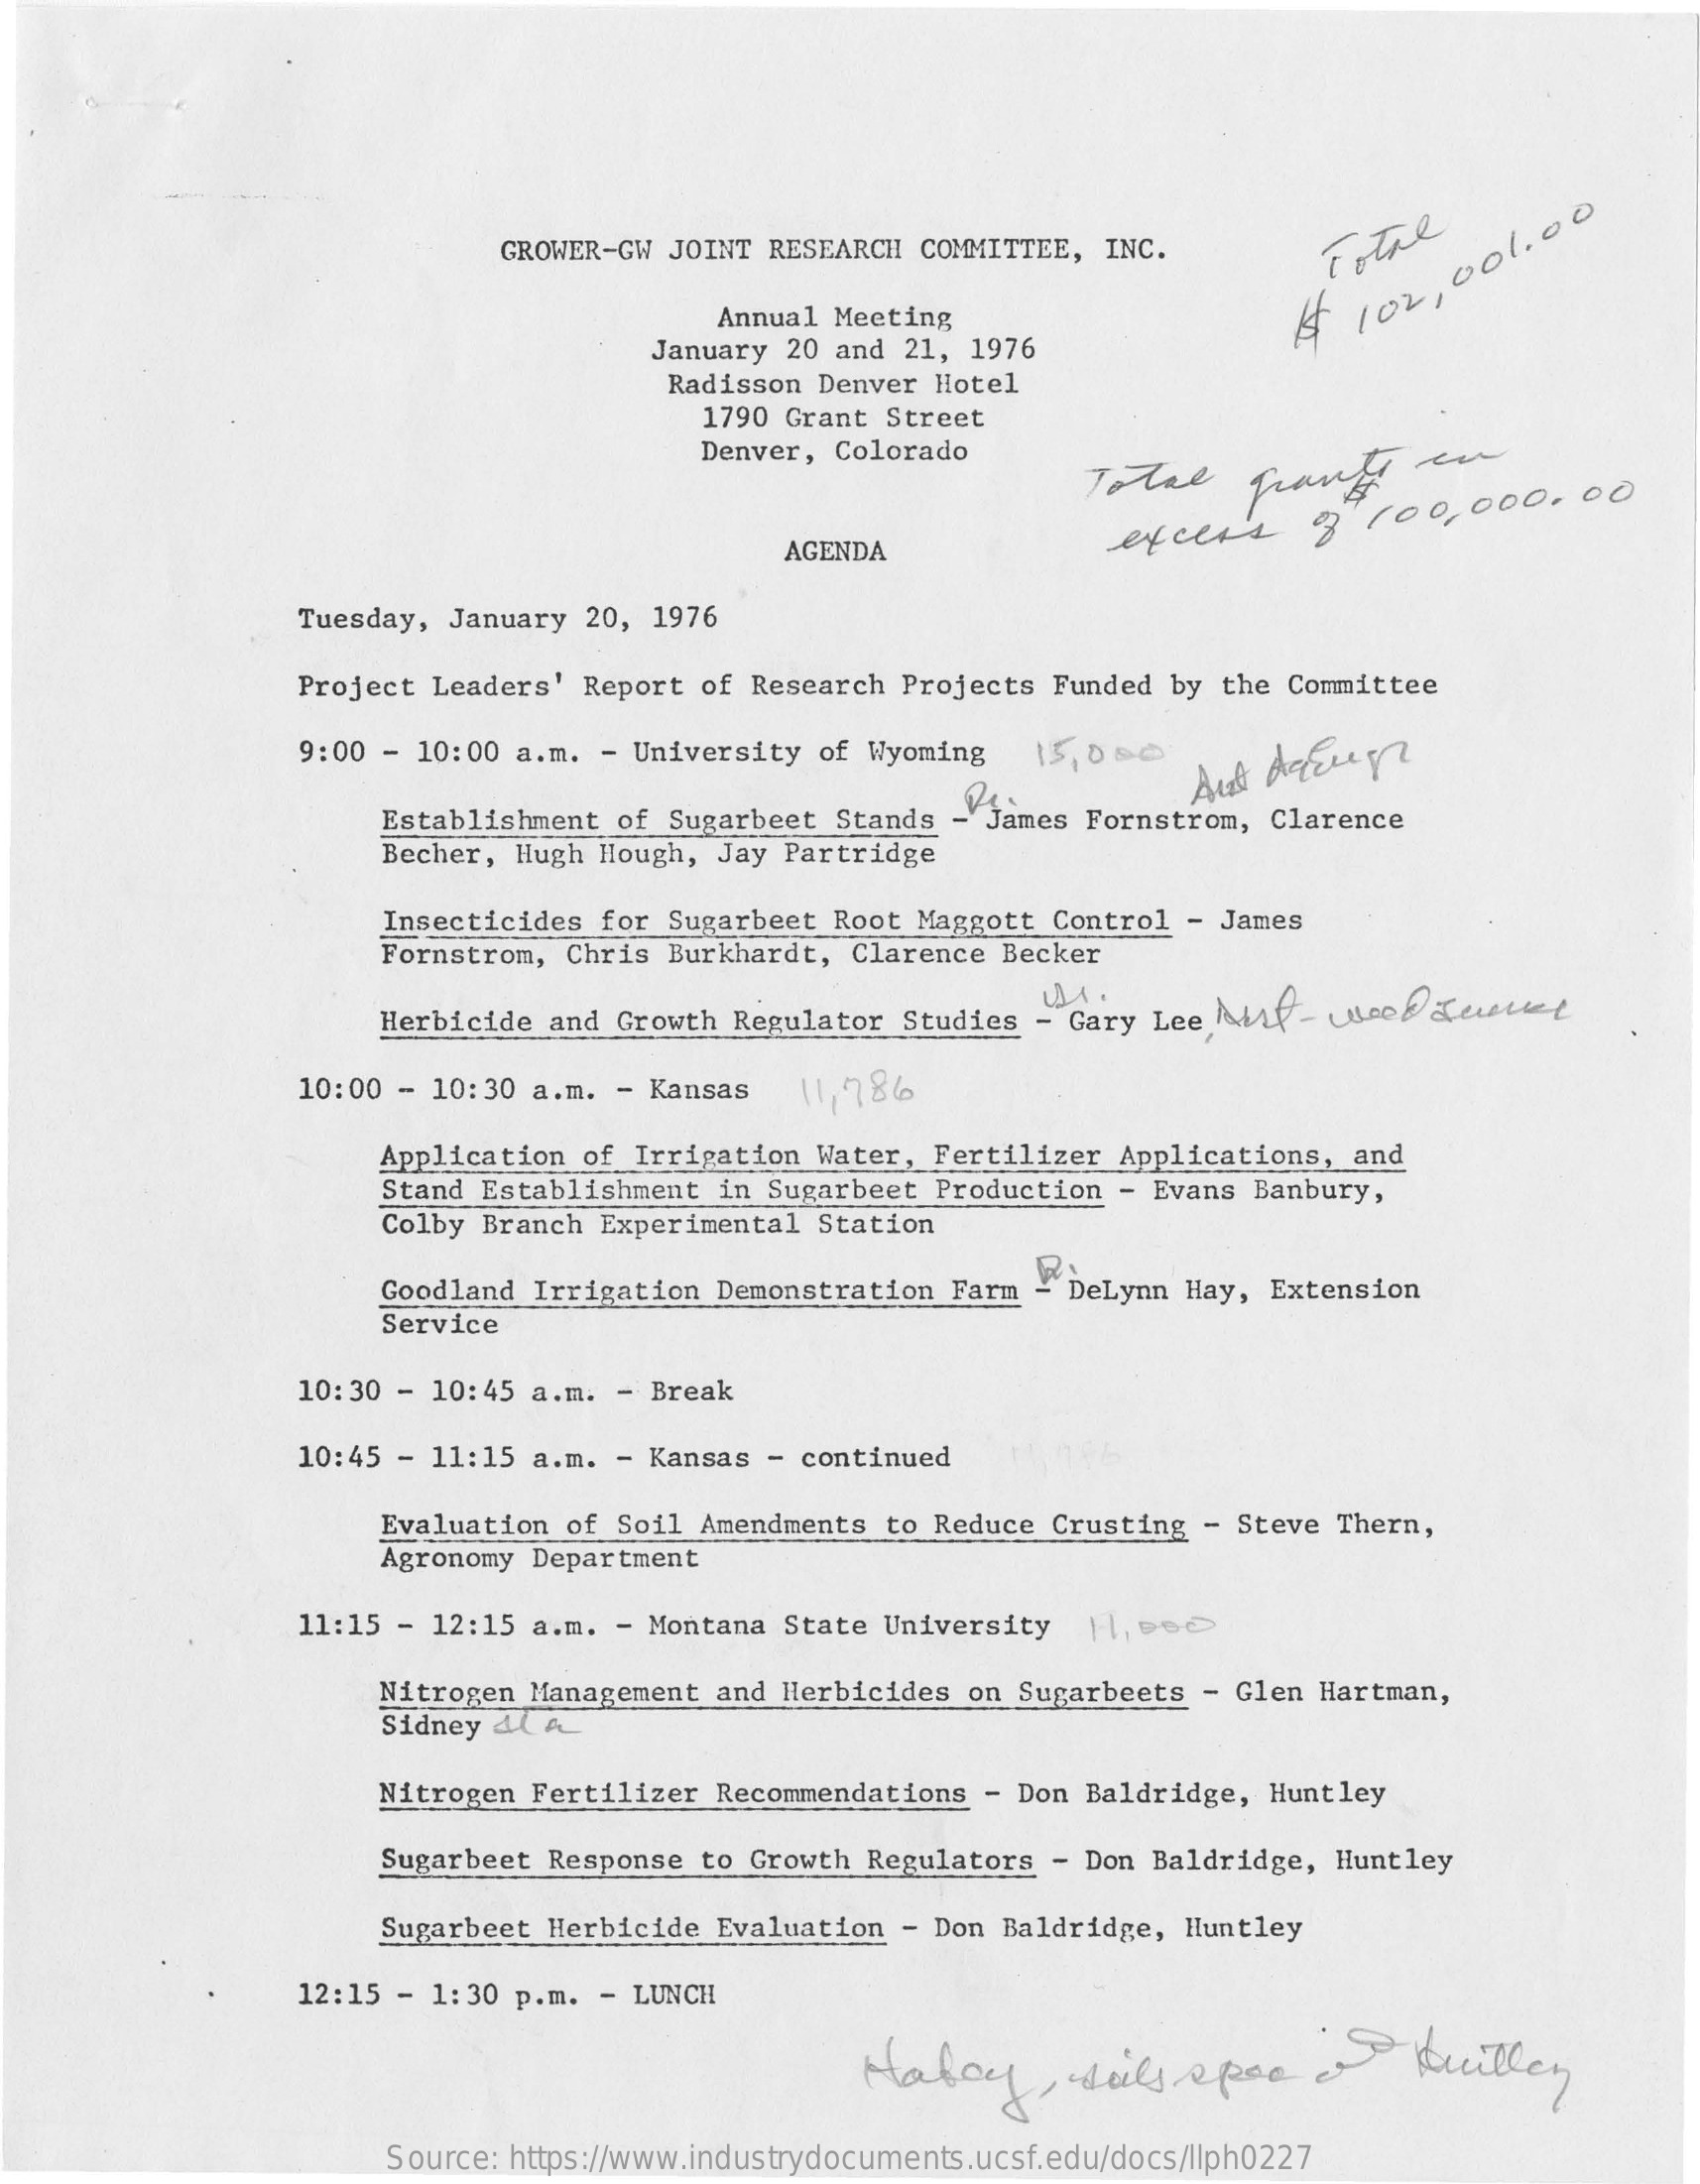
GROWER-GW JOINT RESEARCH  COMMITTEE,  INC.    Tothe
     Annual  Meeting
     January 20 and 21, 1976
     $   102,
     001.00
     Radisson  Denver Hotel
     1790 Grant Street
     Denver,  Colorado
     Total    grants    en
     AGENDA    excers    of 100,000.00
     Tuesday, January  20, 1976
     Project Leaders' Report  of Research  Projects Funded  by the Committee
     9:00 - 10:00 a.m.  - University  of Wyoming   15, 0 80
     Establishment  of Sugarbeet  Stands - James  Fornstrom, Clarence
     Becher, Hugh  Hough, Jay Partridge
     Insecticides  for Sugarbeet  Root Maggott  Control - James
     Fornstrom,  Chris Burkhardt,  Clarence Becker
     Herbicide and  Growth Regulator  Studies - Gary  Lee half  - woo   Serve
     10:00 - 10:30 a.m.  - Kansas    11, 786
     Application  of Irrigation  Water, Fertilizer  Applications,  and
     Stand Establishment  in Sugarbeet  Production  - Evans Banbury,
     Colby Branch  Experimental  Station
     Goodland  Irrigation Demonstration  Farm  -DeLynn  Hay, Extension
     Service
     10:30 - 10:45 a.m.  - Break
     10:45 - 11:15 a.m.  - Kansas -  continued
     Evaluation  of Soil Amendments  to Reduce  Crusting - Steve  Thern,
     Agronomy Department
     11:15 - 12:15 a.m.  - Montana State  University   }, 90
     Nitrogen Management  and Herbicides  on  Sugarbeets - Glen Hartman,
     Sidney dl A
     Nitrogen Fertilizer  Recommendations  - Don Baldridge,  Huntley
     Sugarbeet Response  to Growth  Regulators  - Don Baldridge,  Huntley
     Sugarbeet Herbicide  Evaluation  - Don Baldridge,  Huntley
     12:15 - 1:30 p.m.  - LUNCH
     Habay,    sols  spec    a    tuilley
     Source: https://www.industrydocuments.ucsf.edu/docs/llph0227